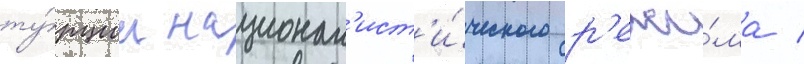
ту́рции национал'ист'и́ческого р'ежи́ма /